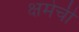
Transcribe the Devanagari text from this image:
क्षमेची